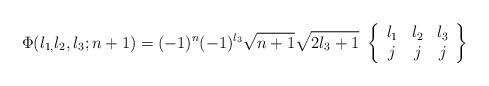
LaTeX: \begin{align*}\Phi(l_{1,}l_{2},l_{3};n+1)=(-1)^{n}(-1)^{l_{3}}\sqrt{n+1}\sqrt{2l_{3}+1}\ \left\{\begin{array}[c]{ccc}l_{1} & l_{2} & l_{3}\\j & j & j\end{array}\right\} \end{align*}